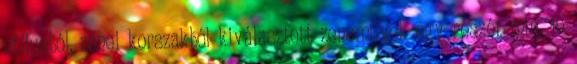
stílusból, zenei korszakból kiválasztott zeneművek egy részét min. 10